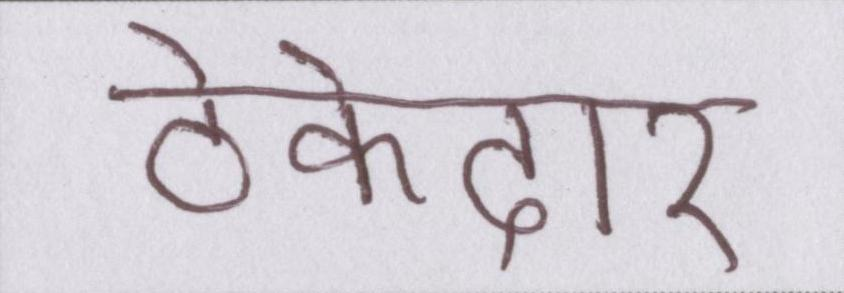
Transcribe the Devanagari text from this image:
ठेकेदार